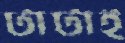
টাটাই